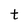
Character: t